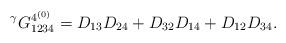
LaTeX: \begin{align*} {}^\gamma G^{{4}^{(0)}}_{1234}=D_{13}D_{24}+D_{32}D_{14}+D_{12}D_{34}.\end{align*}